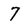
Character: 7